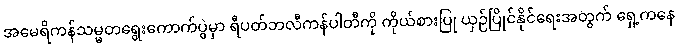
အမေရိကန်သမ္မတရွေးကောက်ပွဲမှာ ရီပတ်ဘလီကန်ပါတီကို ကိုယ်စားပြု ယှဉ်ပြိုင်နိုင်ရေးအတွက် ရှေ့ကနေ